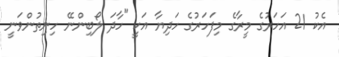
އެކު 21 އަހަރުގެ މީރާގެ މިފަހަރުގެ ހަދިޔާ އަކީ "ހާދަ ލޯބިންނޭ ހިނިތުންވަނީ